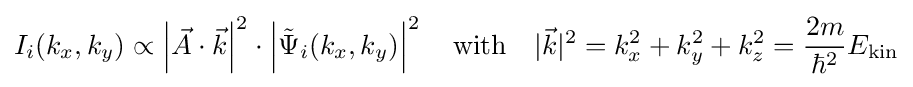
I_{i}(k_{x},k_{y})\propto \left|{\vec {A}}\cdot {\vec {k}}\right|^{2}\cdot \left|{\tilde {\Psi }}_{i}(k_{x},k_{y})\right|^{2}\quad {\textrm {with}}\quad |{\vec {k}}|^{2}=k_{x}^{2}+k_{y}^{2}+k_{z}^{2}={\frac {2m}{\hbar ^{2}}}E_{\mathrm {kin} }